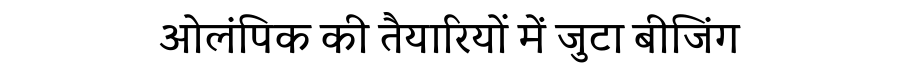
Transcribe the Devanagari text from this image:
ओलंपिक की तैयारियों में जुटा बीजिंग